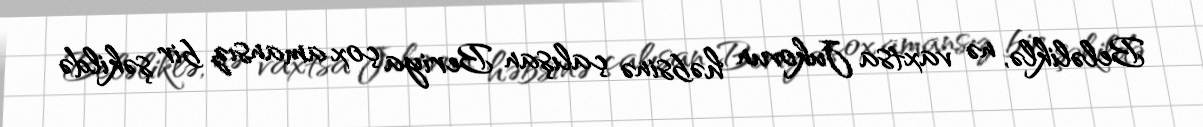
Beləliklə, nə vaxtsa Jukovun həbsinə çalışan Beriya çox amansız bir şəkildə